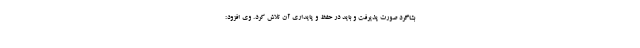
بشاگرد صورت پذیرفت و باید در حفظ و پایداری آن تلاش کرد. وی افزود: